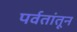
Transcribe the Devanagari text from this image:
पर्वतांतून